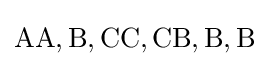
\mathrm {AA,B,CC,CB,B,B}